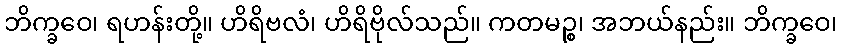
ဘိက္ခဝေ၊ ရဟန်းတို့။ ဟိရိဗလံ၊ ဟိရိဗိုလ်သည်။ ကတမဉ္စ၊ အဘယ်နည်း။ ဘိက္ခဝေ၊